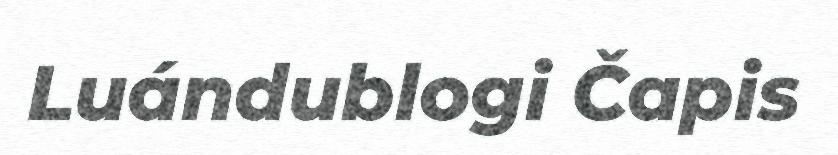
Luándublogi Čapis